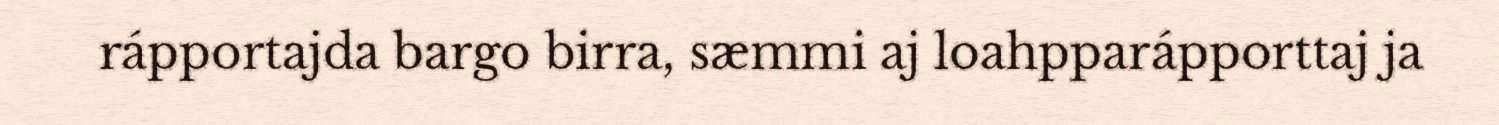
rápportajda bargo birra, sæmmi aj loahpparápporttaj ja